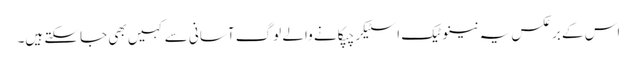
اس کے برعکس یہ نینوٹیک اسٹیکر چپکانے والے لوگ آسانی سے کہیں بھی جاسکتے ہیں۔